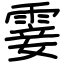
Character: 霎